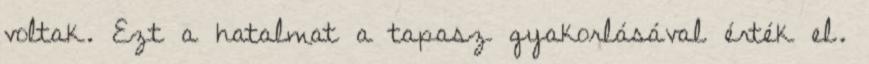
voltak. Ezt a hatalmat a tapasz gyakorlásával érték el.